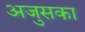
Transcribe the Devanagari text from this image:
अजुसका